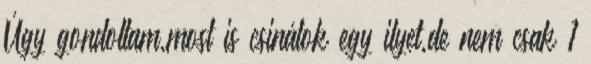
Úgy gondoltam,most is csinálok egy ilyet,de nem csak 1